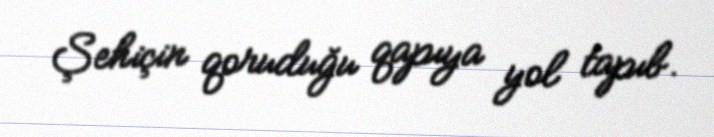
Şehiçin qoruduğu qapıya yol tapıb.